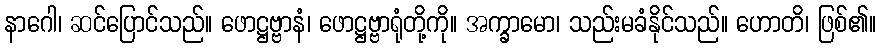
နာဂေါ၊ ဆင်ပြောင်သည်။ ဖောဋ္ဌဗ္ဗာနံ၊ ဖောဋ္ဌဗ္ဗာရုံတို့ကို။ အက္ခာမော၊ သည်းမခံနိုင်သည်။ ဟောတိ၊ ဖြစ်၏။